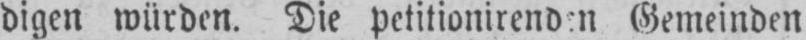
Gemeinden